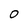
Character: 0